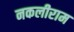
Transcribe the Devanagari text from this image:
नकलीराम